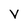
Character: V